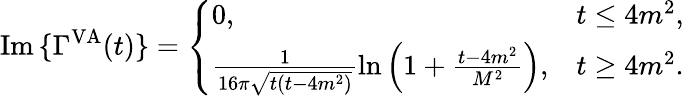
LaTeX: \mathrm{Im}\, \{ \Gamma^{\mathrm{VA}}(t)\} =\left\{ \begin{array}{ll}{{0,}}&{{t\leq 4m^{2},}}\\ {{\frac{1}{16\pi\sqrt{t(t-4m^{2})}}\ln\left(1+\frac{t-4m^{2}}{M^{2}}\right),}}&{{t\geq 4m^{2}.}}\end{array}\right.